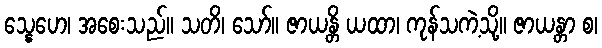
သ္နေဟေ၊ အစေးသည်။ သတိ၊ သော်။ ဇာယန္တိ ယထာ၊ ကုန်သကဲ့သို့။ ဇာယန္တာ စ၊